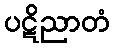
ပဋိညာတံ